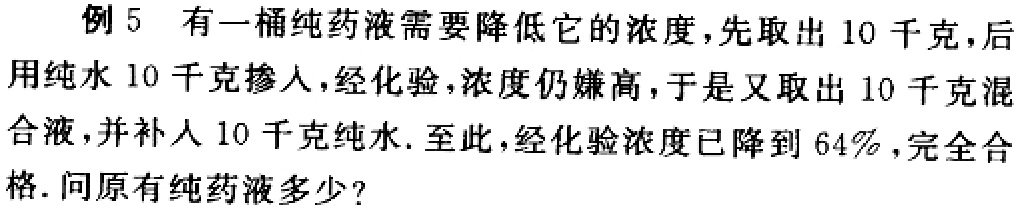
例5 有一桶纯药液需要降低它的浓度,先取出 10 千克,后用纯水 10 千克掺人,经化验,浓度仍嫌高,于是又取出 10 千克混合液,并补人 10 千克纯水. 至此,经化验浓度已降到 64% ,完全合格. 问原有纯药液多少?